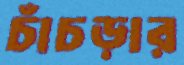
চাঁচড়ার